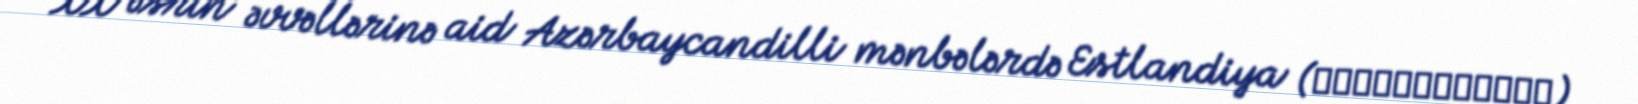
XX əsrin əvvəllərinə aid Azərbaycandilli mənbələrdə Estlandiya (ائستلان‌دییا)